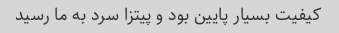
کیفیت بسیار پایین بود و پیتزا سرد به ما رسید